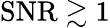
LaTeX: \mathrm{SNR}\gtrsim 1